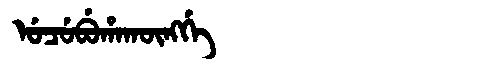
Manchu: ᡠᠴᡠᠪᡠᡥᠠᡴᡡᠩᡤᡝ
Romanization: UCUBUHAKŪNGGE